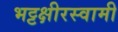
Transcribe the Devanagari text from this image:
भट्टक्षीरस्वामी